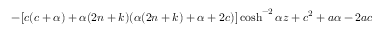
- [ c ( c + \alpha ) + \alpha ( 2 n + k ) ( \alpha ( 2 n + k ) + \alpha + 2 c ) ] \cosh ^ { - 2 } { \alpha z } + c ^ { 2 } + a \alpha - 2 a c